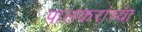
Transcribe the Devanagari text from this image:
पालकरांच्या